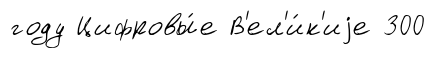
году Цифровы́е В'ел'и́к'иjе 300